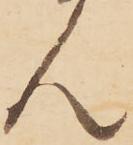
ん